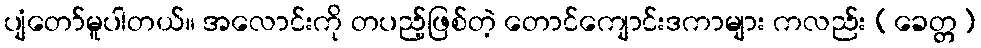
ပျံတော်မူပါတယ်။ အလောင်းကို တပည့်ဖြစ်တဲ့ တောင်ကျောင်းဒကာများ ကလည်း (ခေတ္တ)